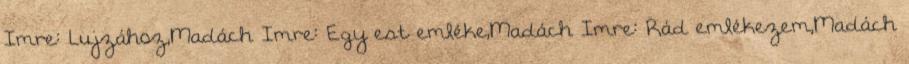
Imre: Lujzához,Madách Imre: Egy est emléke,Madách Imre: Rád emlékezem,Madách